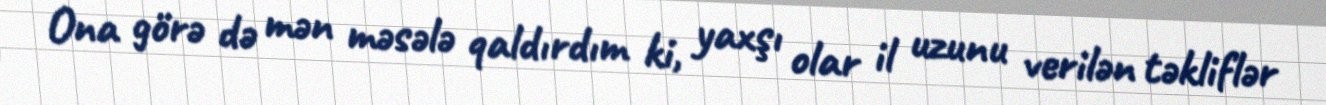
Ona görə də mən məsələ qaldırdım ki, yaxşı olar il uzunu verilən təkliflər